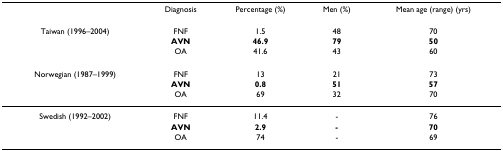
|  | Diagnosis | Percentage (%) | Men (%) | Mean age (range) (yrs) |
 | --- | --- | --- | --- | --- |
 | Taiwan (1996–2004) | FNF | 1.5 | 48 | 70 |
 |  | AVN | 46.9 | 79 | 50 |
 |  | OA | 41.6 | 43 | 60 |
 | Norwegian (1987–1999) | FNF | 13 | 21 | 73 |
 |  | AVN | 0.8 | 51 | 57 |
 |  | OA | 69 | 32 | 70 |
 | Swedish (1992–2002) | FNF | 11.4 | - | 76 |
 |  | AVN | 2.9 | - | 70 |
 |  | OA | 74 | - | 69 |